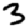
Digit: 3